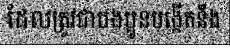
ដែលត្រូវជាបងប្អូនបង្កើតនឹង